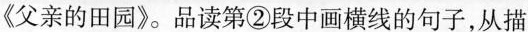
《父亲的田园》。品读第②段中画横线的句子，从描